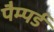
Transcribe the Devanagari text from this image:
पैम्पर्ड